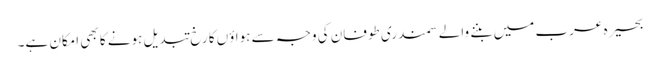
بحیرہ عرب میں بننے والے سمندری طوفان کی وجہ سے ہواؤں کا رخ تبدیل ہونے کا بھی امکان ہے۔